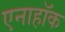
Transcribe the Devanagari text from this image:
एनाहॉक